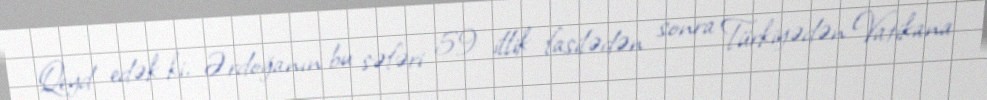
Qeyd edək ki, Ərdoğanın bu səfəri 59 illik fasilədən sonra Türkiyədən Vatikana